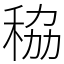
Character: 䅄